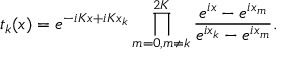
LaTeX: t _ { k } ( x ) = e ^ { - i K x + i K x _ { k } } \prod _ { m = 0 , m \neq k } ^ { 2 K } { \frac { e ^ { i x } - e ^ { i x _ { m } } } { e ^ { i x _ { k } } - e ^ { i x _ { m } } } } .